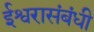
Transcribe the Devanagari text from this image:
ईश्वरासंबंधी